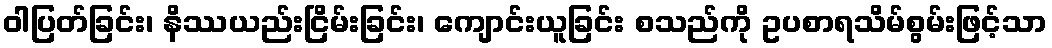
ဝါပြတ်ခြင်း၊ နိဿယည်းငြိမ်းခြင်း၊ ကျောင်းယူခြင်း စသည်ကို ဥပစာရသိမ်စွမ်းဖြင့်သာ